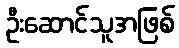
ဦးဆောင်သူအဖြစ်